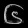
Digit: ၆